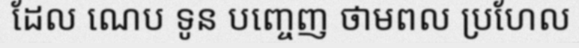
ដែល ណេប ទូន បញ្ចេញ ថាមពល ប្រហែល